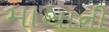
માથાની